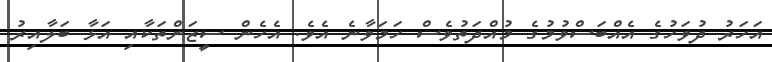
އަހަރު ދުވަހުގެ އެއްބަސްވުމުގެ މުއްދަތުވެސް ހަމަވާނެ އެވެ. އެހެން ސީޒަންތަކާއި އަޅާ ބަލާއިރު